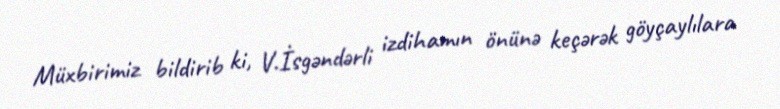
Müxbirimiz bildirib ki, V.İsgəndərli izdihamın önünə keçərək göyçaylılara